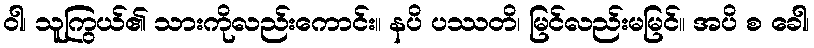
ဝါ၊ သူကြွယ်၏ သားကိုလည်းကောင်း။ နပိ ပဿတိ၊ မြင်လည်းမမြင်။ အပိ စ ခေါ၊